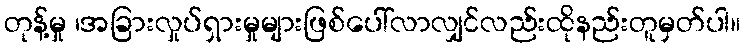
တုန့်မှု ၊အခြားလှုပ်ရှားမှုများဖြစ်ပေါ်လာလျှင်လည်းထိုနည်းတူမှတ်ပါ။